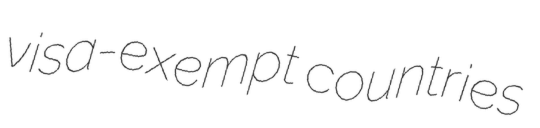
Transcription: visa-exempt countries